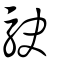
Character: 駛